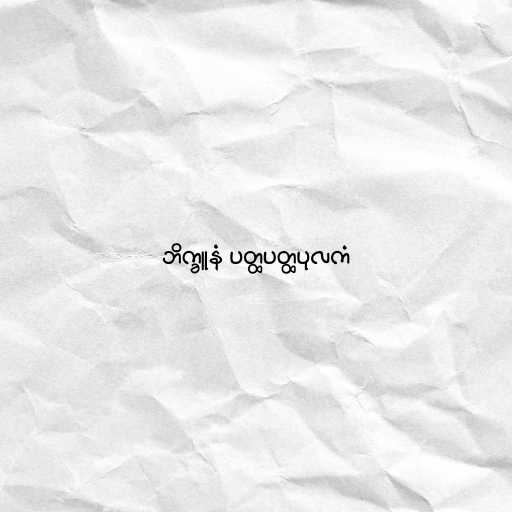
ဘိက္ခူနံ ပတ္ထပတ္ထပုလကံ